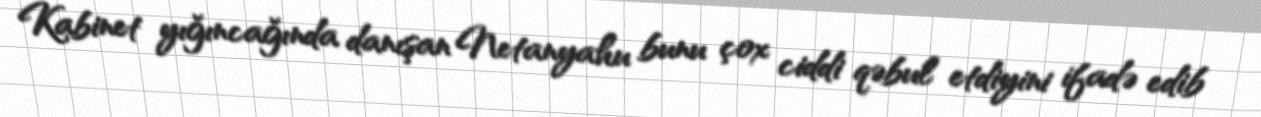
Kabinet yığıncağında danışan Netanyahu bunu çox ciddi qəbul etdiyini ifadə edib